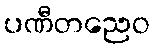
ပဏီတညေဝ